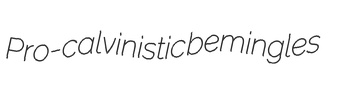
Pro-calvinistic bemingles